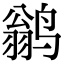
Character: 鹟